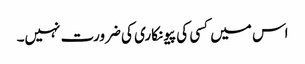
اس میں کسی کی پیونکاری کی ضرورت نہیں۔